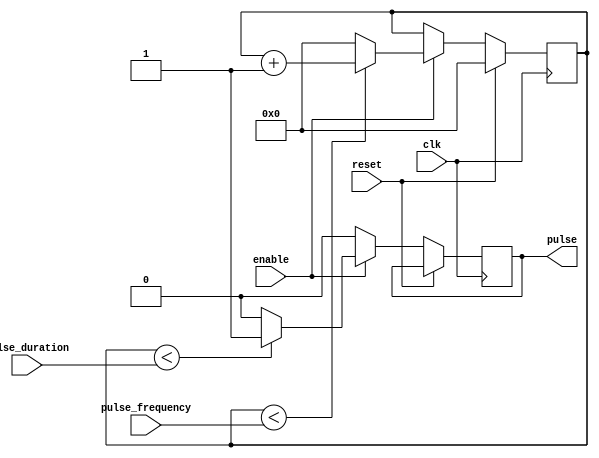
module PulseGenerator (
    input wire clk,
    input wire reset,
    input wire enable,
    input wire [31:0] pulse_duration,
    input wire [31:0] pulse_frequency,
    output reg pulse
);

reg [31:0] count;
reg pulse_active;

always @ (posedge clk) begin
    if (reset) begin
        count <= 0;
        pulse_active <= 0;
    end else if (enable) begin
        if (count < pulse_duration) begin
            pulse <= 1;
            pulse_active <= 1;
        end else begin
            pulse <= 0;
            pulse_active <= 0;
        end

        if (count < pulse_frequency) begin
            count <= count + 1;
        end else begin
            count <= 0;
        end
    end else begin
        pulse <= 0;
        pulse_active <= 0;
    end
end

endmodule